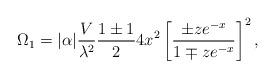
LaTeX: \begin{align*}\Omega_1 = | \alpha | {V \over \lambda^2} {{1\pm 1} \over 2} 4 x^2 \left [{{\pm ze^{-x}} \over {1 \mp z e^{-x}}} \right ]^2 ,\end{align*}